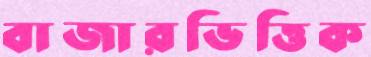
বাজারভিত্তিক